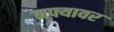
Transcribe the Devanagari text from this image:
नफ्यावर